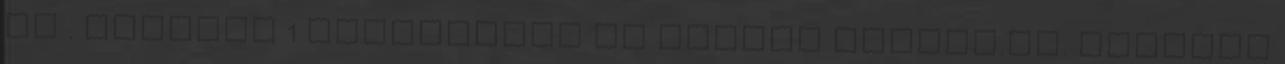
Ft . október 1 Kedvenceim az utóbbi időben.II. április